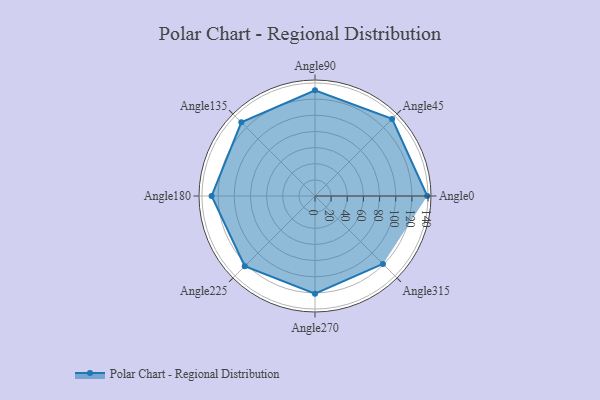
{"axis": {"x": "Angle", "y": "Radius"}, "legend": [""], "data": [{"x": "Angle0", "y": 139.0, "type": ""}, {"x": "Angle45", "y": 135.0, "type": ""}, {"x": "Angle90", "y": 131.0, "type": ""}, {"x": "Angle135", "y": 129.0, "type": ""}, {"x": "Angle180", "y": 128.0, "type": ""}, {"x": "Angle225", "y": 123.0, "type": ""}, {"x": "Angle270", "y": 121.0, "type": ""}, {"x": "Angle315", "y": 119.0, "type": ""}]}